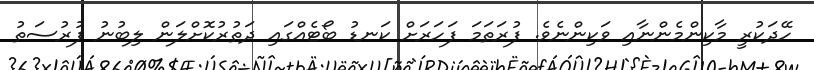
ހޭދަކުރީ މާކިންމެންނާއި ވަކިންނެވެ. ފުރަތަމަ ފަހަރަށް ކަނޑު ބޯޓެއްގައި ދަތުރުކޮށްލަން ލިބުނު ފުރުސަތު